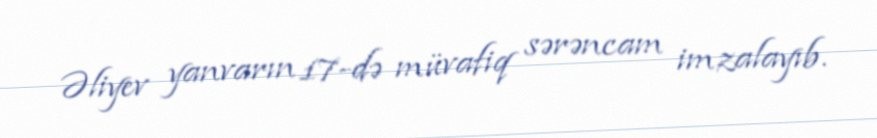
Əliyev yanvarın 17-də müvafiq sərəncam imzalayıb.